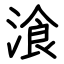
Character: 湌